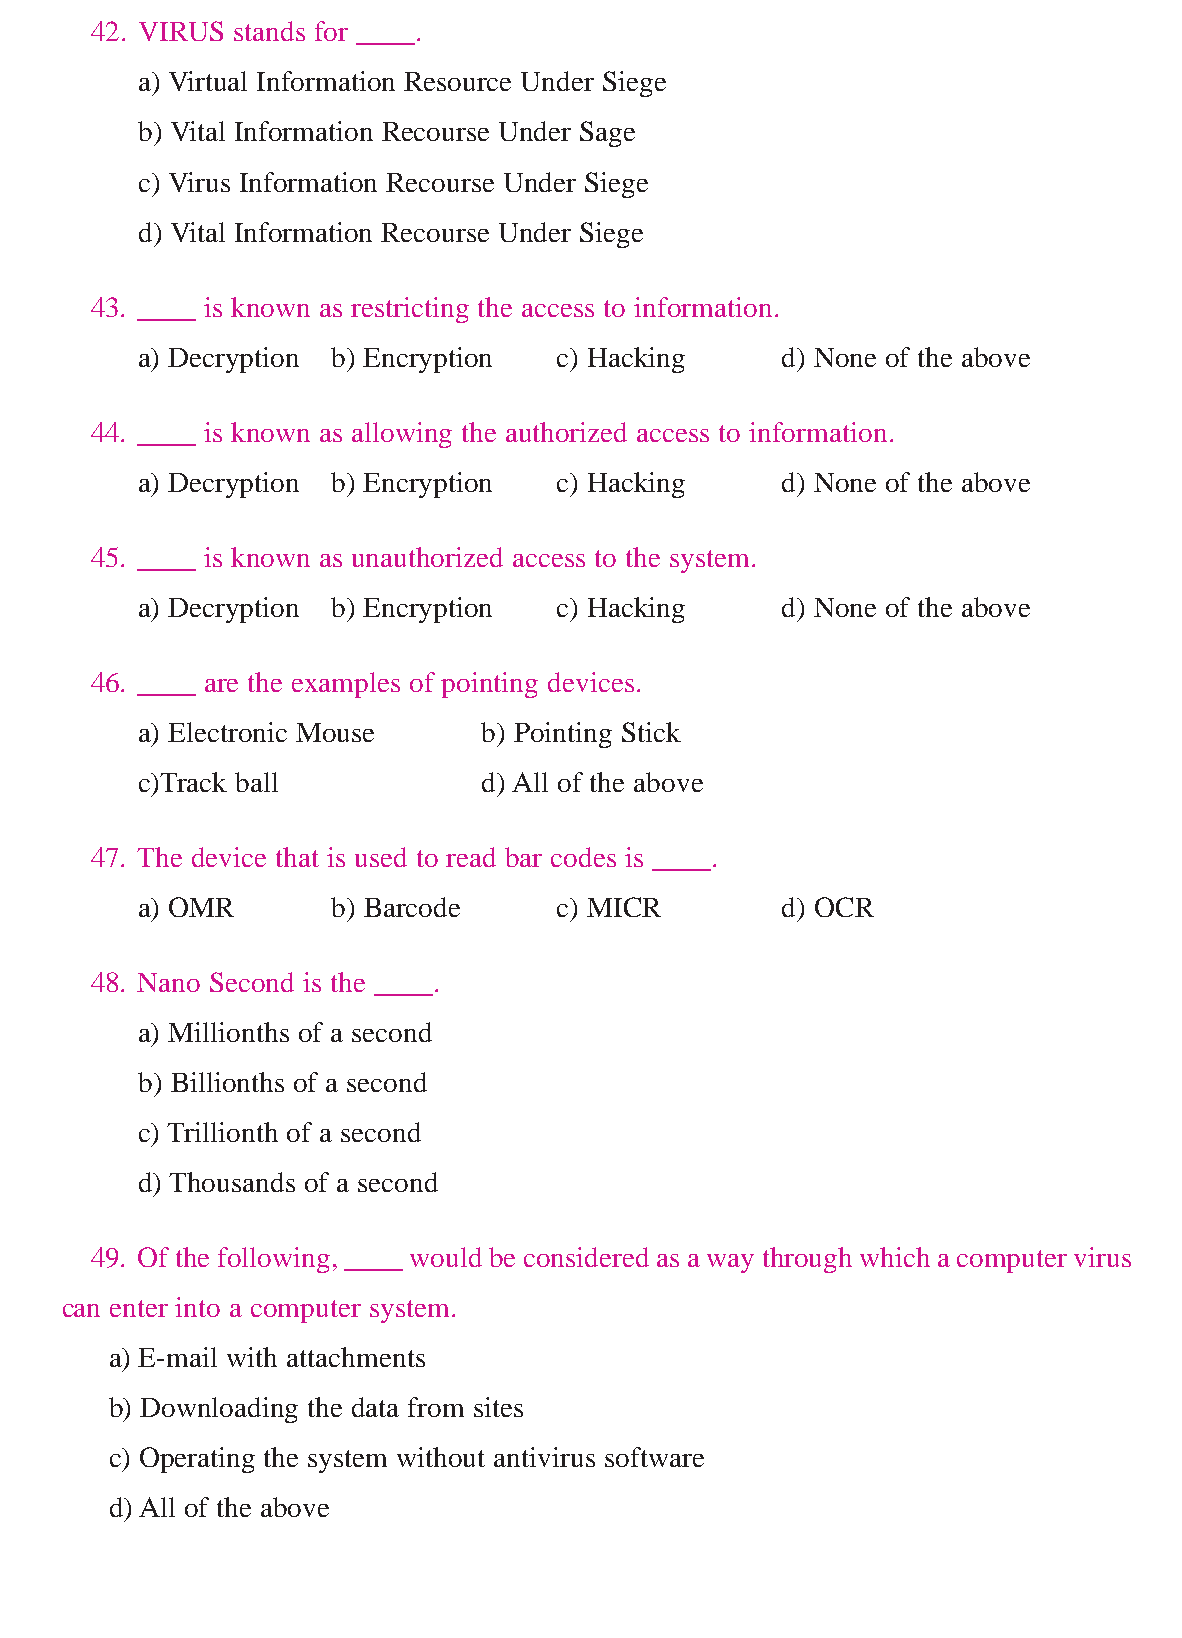
www.sakshieducation.com
 42. VIRUS stands for ____.
 a) Virtual Information Resource Under Siege
 b) Vital Information Recourse Under Sage
 c) Virus Information Recourse Under Siege
 d) Vital Information Recourse Under Siege
 43. ____ is known as restricting the access to information.
 a) Decryption b) Encryption c) Hacking     d) None of the above
 44. ____ is known as allowing the authorized access to information.
 a) Decryption b) Encryption c) Hacking     d) None of the above
 45. ____ is known as unauthorized access to the system.
 a) Decryption b) Encryption c) Hacking     d) None of the above
 46. ____ are the examples of pointing devices.
 a) Electronic Mouse    b) Pointing Stick
 c)Track ball           d) All of the above
 47. The device that is used to read bar codes is ____.
 a) OMR       b) Barcode     c) MICR        d) OCR
 48. Nano Second is the ____.
 a) Millionths of a second
 b) Billionths of a second
 c) Trillionth of a second
 d) Thousands of a second
 49. Of the following, ____ would be considered as a way through which a computer virus
 can enter into a computer system.
 a) E-mail with attachments
 b) Downloading the data from sites
 c) Operating the system without antivirus software
 d) All of the above
 www.sakshieducation.com